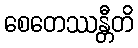
စေတေဿန္တီတိ